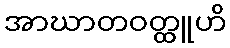
အာဃာတဝတ္ထူဟိ